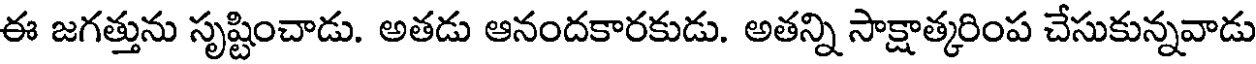
ఈ జగత్తును సృష్టించాడు. అతడు ఆనందకారకుడు. అతన్ని సాక్షాత్కరింప చేసుకున్నవాడు